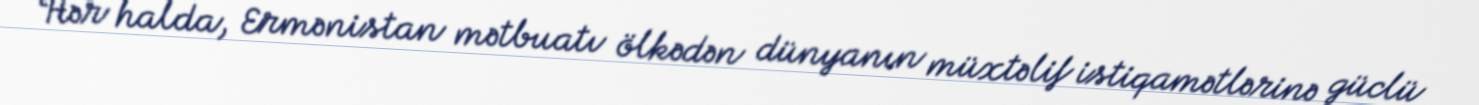
Hər halda, Ermənistan mətbuatı ölkədən dünyanın müxtəlif istiqamətlərinə güclü